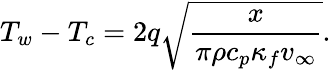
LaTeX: T_{w}-T_{c}=2q\sqrt{\frac{x}{\pi\rho c_{p}\kappa_{f}v_{\infty}}}.